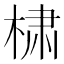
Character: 𰗹